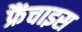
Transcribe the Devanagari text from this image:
फ्रैंचाइस